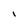
Character: I